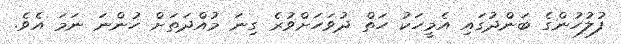
ފުލުހުންގެ ބަންދުގައި އެމީހަކު ހަތް ދުވަހަށްވުރެ ގިނަ މުއްދަތަށް ހުންނަ ނަމަ އެވެ.